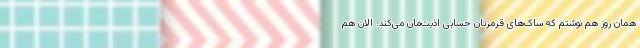
همان روز هم نوشتم که ساک‌های قرمزتان حسابی اذیت‌مان می‌کند. الان هم